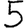
Digit: 5